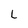
Character: L